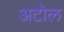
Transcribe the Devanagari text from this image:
अटोल